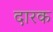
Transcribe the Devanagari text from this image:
दारक